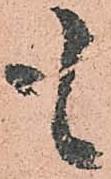
も